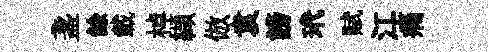
盞餘載棹纈倣袁謗玳赋江痛